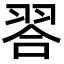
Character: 𮋁